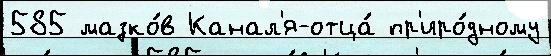
585 мазко́в Канал'я-отца́ пр'иро́дному